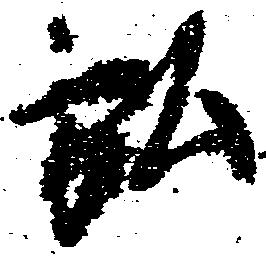
弘